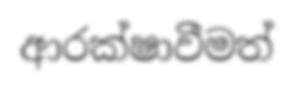
ආරක්ෂාවීමත්